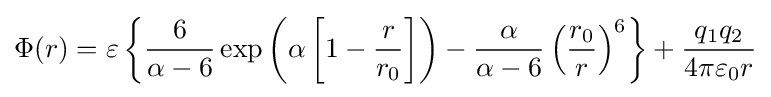
\Phi (r)=\varepsilon \left\{{\frac {6}{\alpha -6}}\exp \left(\alpha \left[1-{\frac {r}{r_{0}}}\right]\right)-{\frac {\alpha }{\alpha -6}}\left({\frac {r_{0}}{r}}\right)^{6}\right\}+{\frac {q_{1}q_{2}}{4\pi \varepsilon _{0}r}}